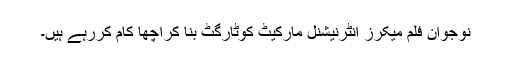
نوجوان فلم میکرز انٹرنیشنل مارکیٹ کوٹارگٹ بنا کراچھا کام کررہے ہیں۔